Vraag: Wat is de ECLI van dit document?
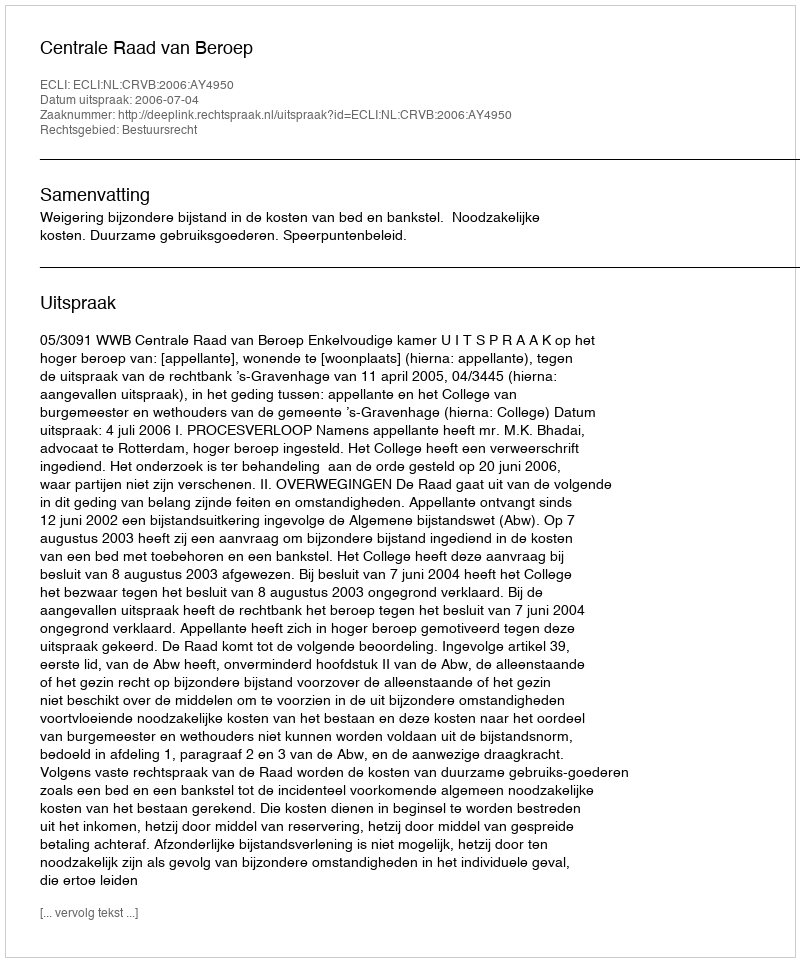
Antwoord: ECLI:NL:CRVB:2006:AY4950